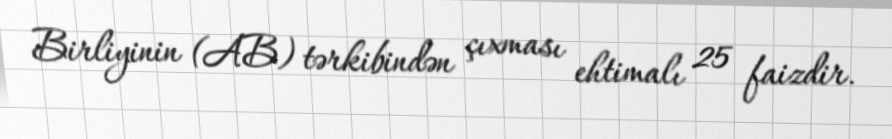
Birliyinin (AB) tərkibindən çıxması ehtimalı 25 faizdir.